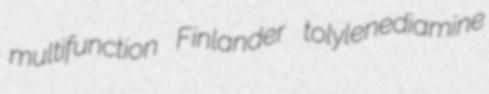
multifunction Finlander tolylenediamine